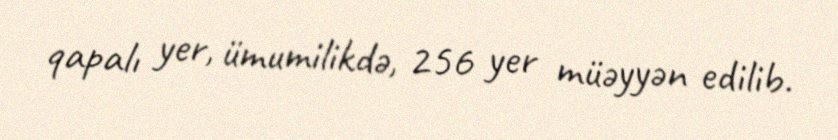
qapalı yer, ümumilikdə, 256 yer müəyyən edilib.